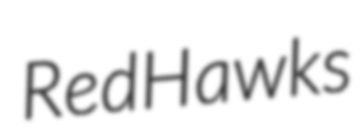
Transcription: RedHawks